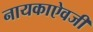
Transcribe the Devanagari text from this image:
नायकाऐवजी